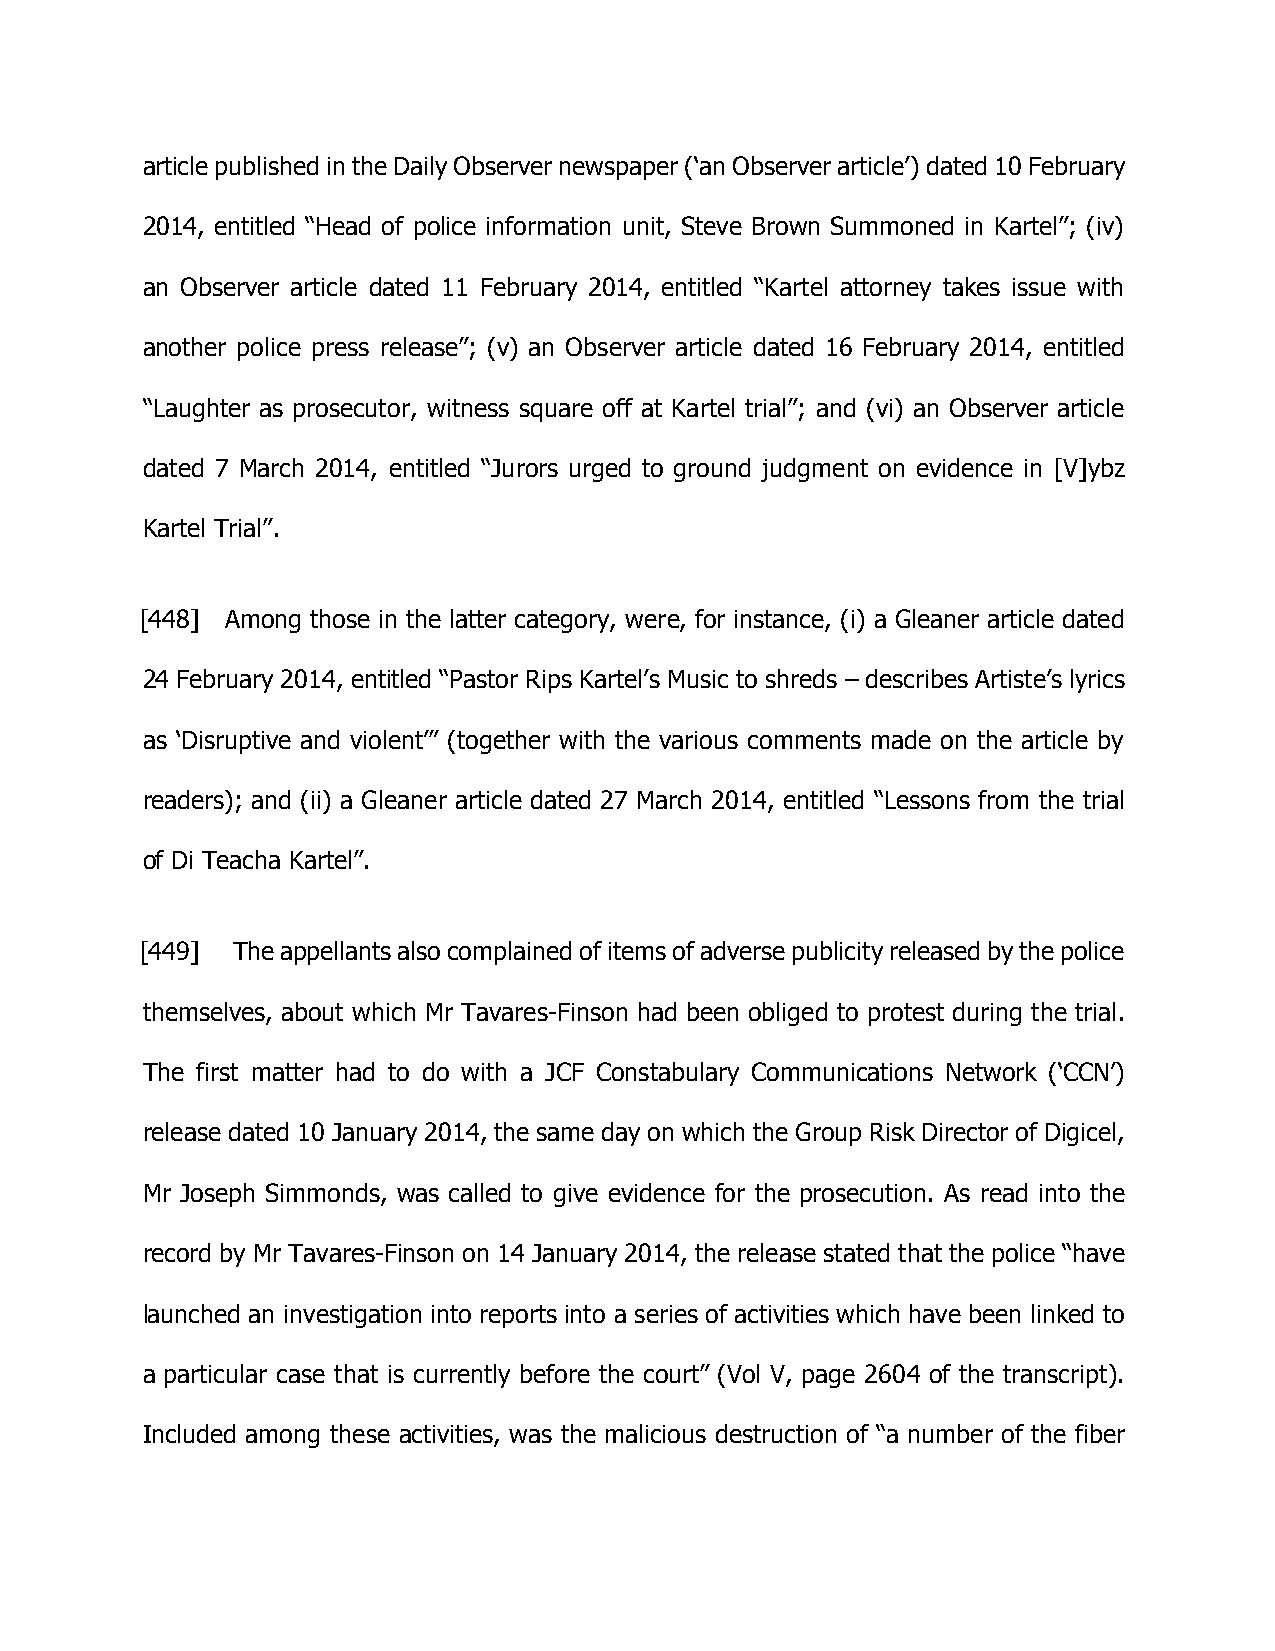
article published in the Daily Observer newspaper (‘an Observer article’) dated 10 February
 2014, entitled “Head of police information unit, Steve Brown Summoned in Kartel”; (iv)
 an Observer article dated 11 February 2014, entitled “Kartel attorney takes issue with
 another police press release”; (v) an Observer article dated 16 February 2014, entitled
 “Laughter as prosecutor, witness square off at Kartel trial”; and (vi) an Observer article
 dated 7 March 2014, entitled “Jurors urged to ground judgment on evidence in [V]ybz
 Kartel Trial”.
 [448] Among those in the latter category, were, for instance, (i) a Gleaner article dated
 24 February 2014, entitled “Pastor Rips Kartel’s Music to shreds – describes Artiste’s lyrics
 as ‘Disruptive and violent’” (together with the various comments made on the article by
 readers); and (ii) a Gleaner article dated 27 March 2014, entitled “Lessons from the trial
 of Di Teacha Kartel”.
 [449] The appellants also complained of items of adverse publicity released by the police
 themselves, about which Mr Tavares-Finson had been obliged to protest during the trial.
 The first matter had to do with a JCF Constabulary Communications Network (‘CCN’)
 release dated 10 January 2014, the same day on which the Group Risk Director of Digicel,
 Mr Joseph Simmonds, was called to give evidence for the prosecution. As read into the
 record by Mr Tavares-Finson on 14 January 2014, the release stated that the police “have
 launched an investigation into reports into a series of activities which have been linked to
 a particular case that is currently before the court” (Vol V, page 2604 of the transcript).
 Included among these activities, was the malicious destruction of “a number of the fiber